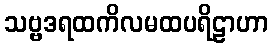
သဗ္ဗဒရထကိလမထပရိဠာဟာ